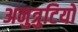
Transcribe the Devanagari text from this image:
अनुत्रुटियों